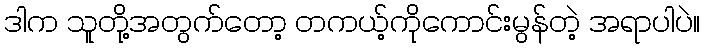
ဒါက သူတို့အတွက်တော့ တကယ့်ကိုကောင်းမွန်တဲ့ အရာပါပဲ။